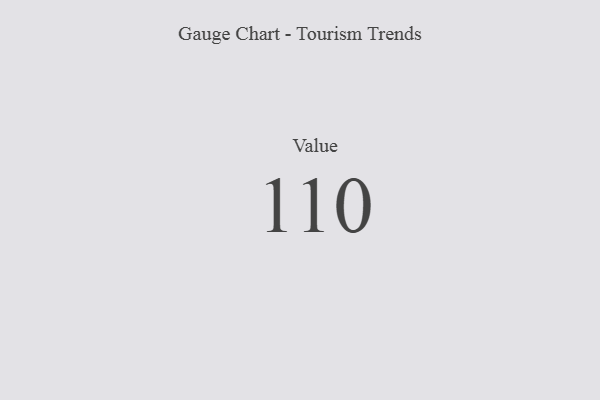
{"axis": {"x": "Metric", "y": "Value"}, "legend": [""], "data": [{"x": "Value", "y": 110, "type": ""}]}